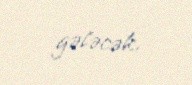
gələcək.